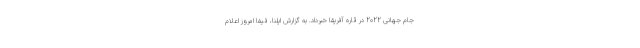
جام جهانی 2022 در قاره آفریقا خبرداد. به گزارش ایلنا، فیفا امروز اعلام